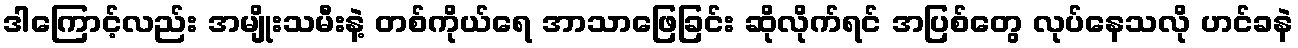
ဒါကြောင့်လည်း အမျိုးသမီးနဲ့ တစ်ကိုယ်ရေ အာသာဖြေခြင်း ဆိုလိုက်ရင် အပြစ်တွေ လုပ်နေသလို ဟင်ခနဲ